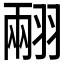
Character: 𦑅